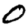
Digit: 0